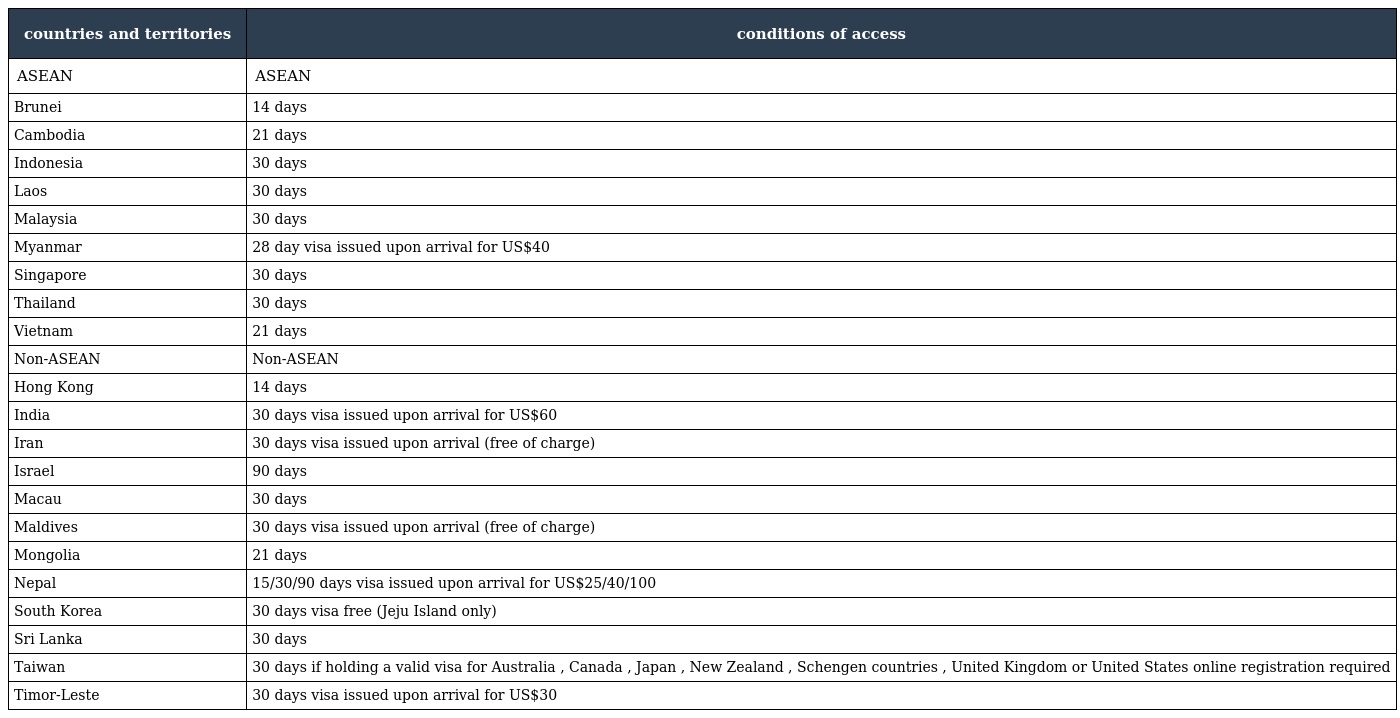
| countries and territories | conditions of access |
 | --- | --- |
 | ASEAN | ASEAN |
 | Brunei | 14 days |
 | Cambodia | 21 days |
 | Indonesia | 30 days |
 | Laos | 30 days |
 | Malaysia | 30 days |
 | Myanmar | 28 day visa issued upon arrival for US$40 |
 | Singapore | 30 days |
 | Thailand | 30 days |
 | Vietnam | 21 days |
 | Non-ASEAN | Non-ASEAN |
 | Hong Kong | 14 days |
 | India | 30 days visa issued upon arrival for US$60 |
 | Iran | 30 days visa issued upon arrival (free of charge) |
 | Israel | 90 days |
 | Macau | 30 days |
 | Maldives | 30 days visa issued upon arrival (free of charge) |
 | Mongolia | 21 days |
 | Nepal | 15/30/90 days visa issued upon arrival for US$25/40/100 |
 | South Korea | 30 days visa free (Jeju Island only) |
 | Sri Lanka | 30 days |
 | Taiwan | 30 days if holding a valid visa for Australia , Canada , Japan , New Zealand , Schengen countries , United Kingdom or United States online registration required |
 | Timor-Leste | 30 days visa issued upon arrival for US$30 |